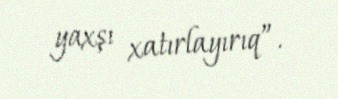
yaxşı xatırlayırıq”.